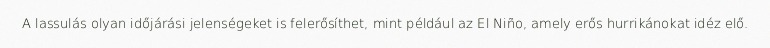
A lassulás olyan időjárási jelenségeket is felerősíthet, mint például az El Niño, amely erős hurrikánokat idéz elő.